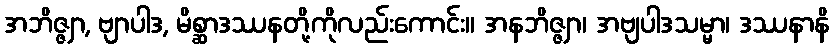
အဘိဇ္ဇျာ, ဗျာပါဒ, မိစ္ဆာဒဿနတို့ကိုလည်းကောင်း။ အနဘိဇ္ဇျာ၊ အဗျပါဒသမ္မာ၊ ဒဿနာနိ